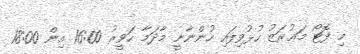
މި ފޮޓޯ މަޢުރަޒު ހުޅުވިފައި ހުންނާނީ މާދަމާ ހަވީރު 16:00 އިން 18:00